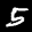
Label: 5